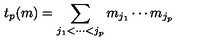
t _ { p } ( m ) = \sum _ { j _ { 1 } < \cdots < j _ { p } } m _ { j _ { 1 } } \cdots m _ { j _ { p } }